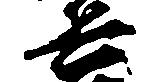
兵